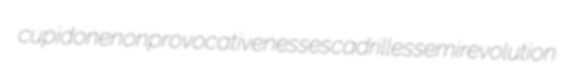
cupidone nonprovocativeness escadrilles semirevolution